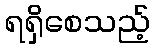
ရရှိစေသည့်